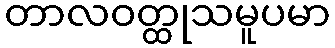
တာလဝတ္ထုသမူပမာ